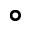
\circ